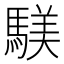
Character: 𫘑